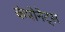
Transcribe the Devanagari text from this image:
कंपोनेंट्स